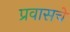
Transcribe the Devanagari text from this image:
प्रवासचे